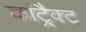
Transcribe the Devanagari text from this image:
कांट्रैक्ट